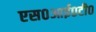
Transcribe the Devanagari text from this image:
एस०आई०टी०